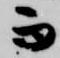
而